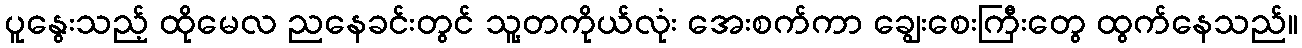
ပူနွေးသည့် ထိုမေလ ညနေခင်းတွင် သူ့တကိုယ်လုံး အေးစက်ကာ ချွေးစေးကြီးတွေ ထွက်နေသည်။